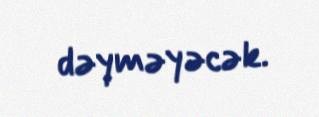
dəyməyəcək.